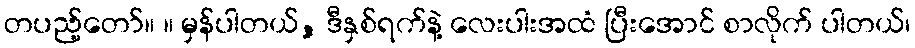
တပည့်တော်။ ။ မှန်ပါတယ်, ဒီနှစ်ရက်နဲ့ လေးပါးအထံ ပြီးအောင် စာလိုက် ပါတယ်၊